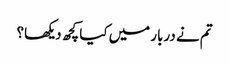
تم نے دربار میں کیا کچھ دیکھا؟